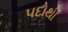
પદોથી